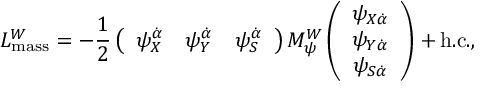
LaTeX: { \cal L } _ { \mathrm { m a s s } } ^ { W } = - { \frac { 1 } { 2 } } \left( \begin{array} { c c c } { { \psi _ { X } ^ { \dot { \alpha } } } } & { { \psi _ { Y } ^ { \dot { \alpha } } } } & { { \psi _ { S } ^ { \dot { \alpha } } } } \end{array} \right) M _ { \psi } ^ { W } \left( \begin{array} { c } { { \psi _ { X \dot { \alpha } } } } \\ { { \psi _ { Y \dot { \alpha } } } } \\ { { \psi _ { S \dot { \alpha } } } } \end{array} \right) + \mathrm { h . c . } ,